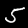
Label: 5